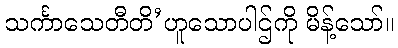
သင်္ကာသေတီတိ’ဟူသောပါဌ်ကို မိန့်သော်။